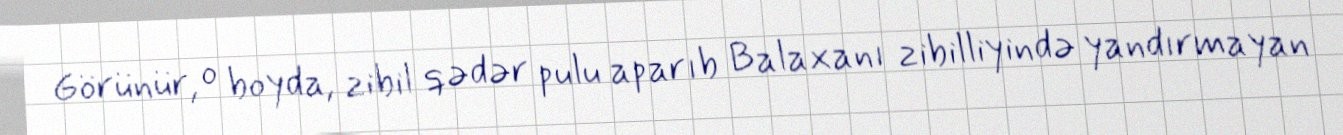
Görünür, o boyda, zibil qədər pulu aparıb Balaxanı zibilliyində yandırmayan